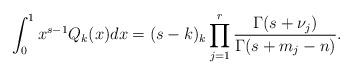
LaTeX: \begin{align*} \int_0^{1} x^{s-1} Q_k(x) dx = (s-k)_k \prod_{j=1}^r \frac{\Gamma(s+\nu_j)}{\Gamma(s+m_j-n)}.\end{align*}